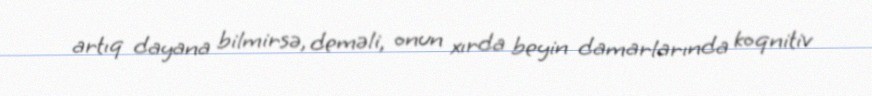
artıq dayana bilmirsə, deməli, onun xırda beyin damarlarında koqnitiv